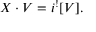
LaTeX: X \cdot V = i ^ { ! } [ V ] .